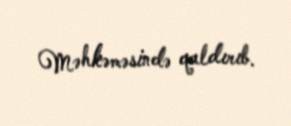
Məhkəməsində qaldırıb.